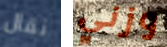
نقال وزني